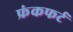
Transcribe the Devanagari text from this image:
फ्रंकफर्ट